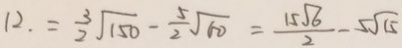
1 2 . = \frac { 3 } { 2 } \sqrt { 1 5 0 } - \frac { 5 } { 2 } \sqrt { 6 0 } = \frac { 1 5 \sqrt { 6 } } { 2 } - 5 \sqrt { 1 5 }